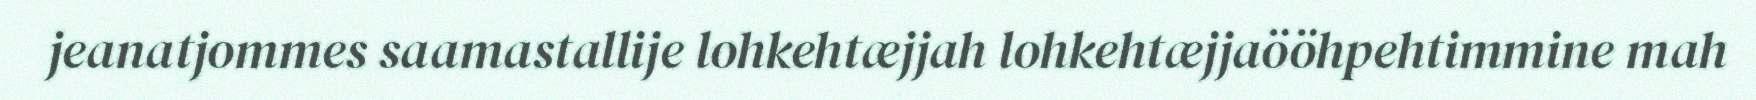
jeanatjommes saamastallije lohkehtæjjah lohkehtæjjaööhpehtimmine mah